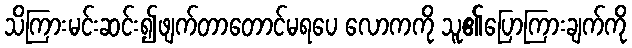
သိကြားမင်းဆင်း၍ဖျက်တာတောင်မရပေ လောကကို သူ၏ပြောကြားချက်ကို